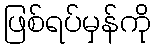
ဖြစ်ရပ်မှန်ကို